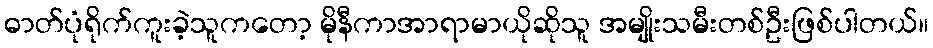
ဓာတ်ပုံရိုက်ကူးခဲ့သူကတော့ မိုနီကာအာရာမာယိုဆိုသူ အမျိုးသမီးတစ်ဦးဖြစ်ပါတယ်။